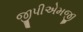
જીપીએમજી